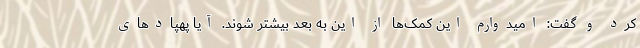
کرد و گفت: امیدوارم این کمک‌ها از این به بعد بیشتر شوند. آیا پهپادهای